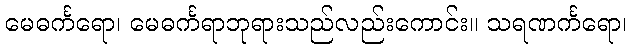
မေဓင်္ကရော၊ မေဓင်္ကရာဘုရားသည်လည်းကောင်း။ သရဏင်္ကရော၊